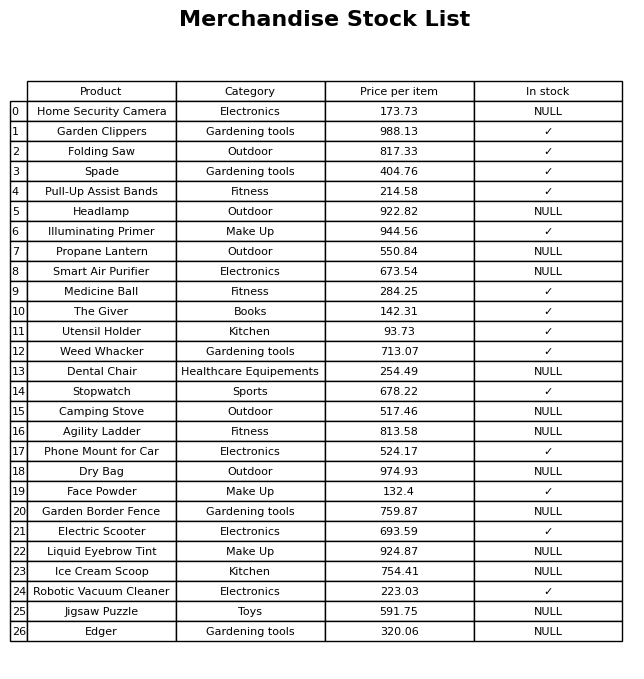
question: What is the price for Ice Cream Scoop?
answer: The price of Ice Cream Scoop is 754.41.